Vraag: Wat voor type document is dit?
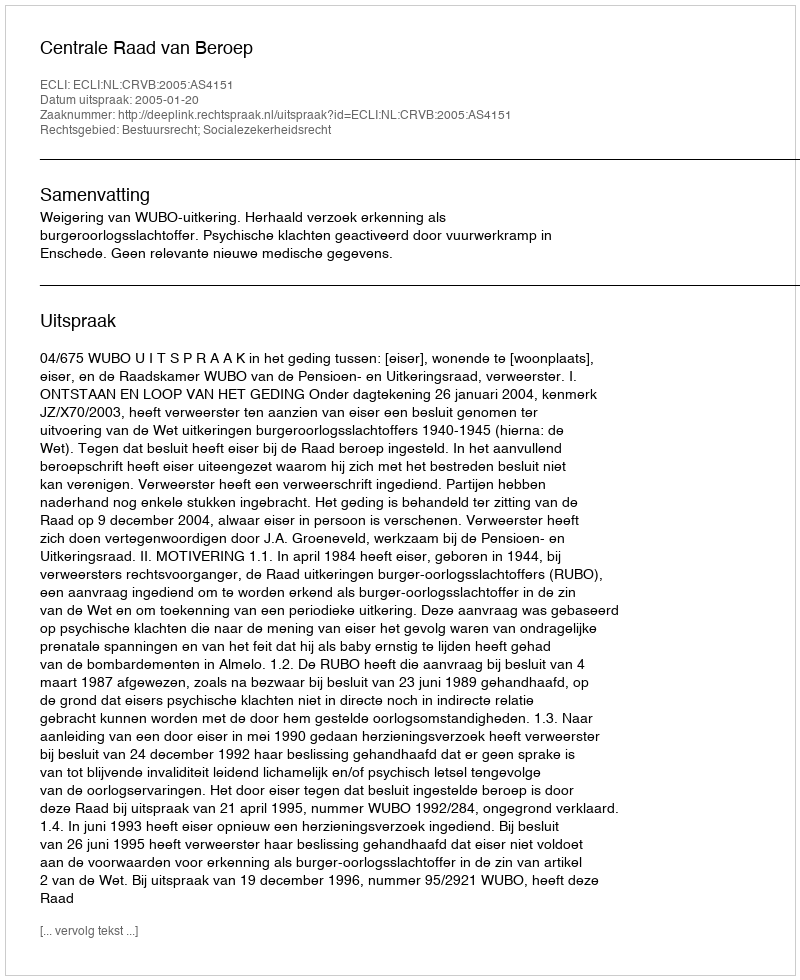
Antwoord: Uitspraak